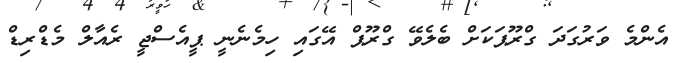
އެންމެ ވަރުގަދަ ގްރޫޕަކަށް ބެެލެވޭ ގްރޫޕް އޭގައި ހިމެނެނީ ޕީއެސްޖީ ރެއާލް މެޑްރިޑް